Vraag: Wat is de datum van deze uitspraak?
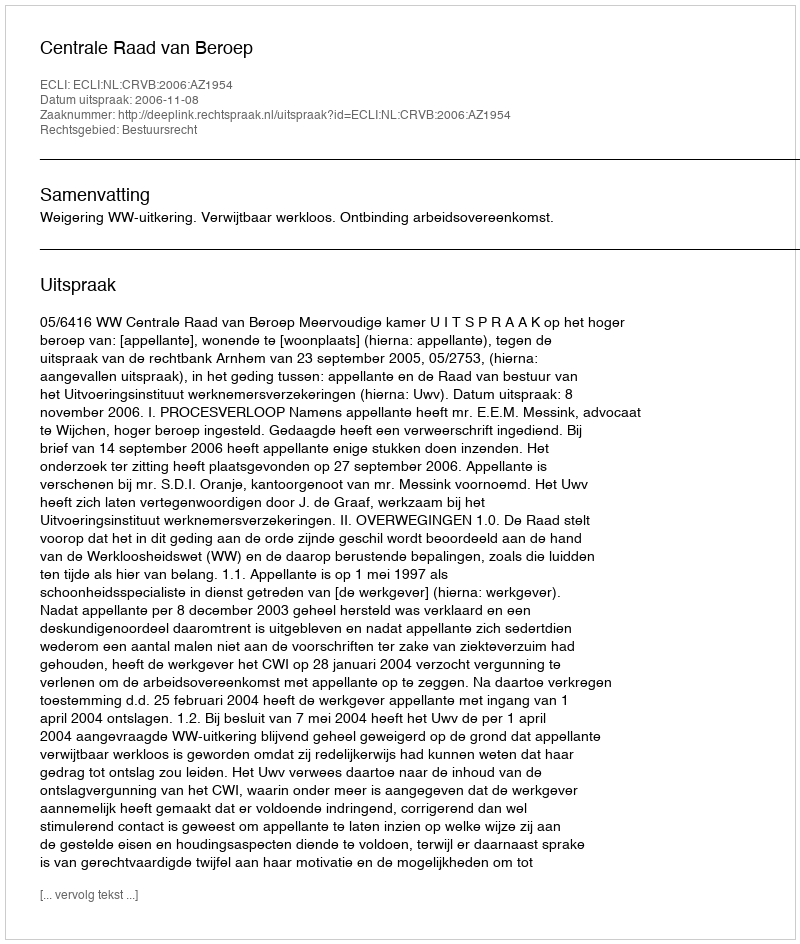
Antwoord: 2006-11-08